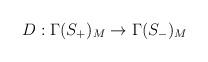
LaTeX: \begin{align*}D : \Gamma (S_{+})_{M} \rightarrow \Gamma (S_{-})_{M}\end{align*}